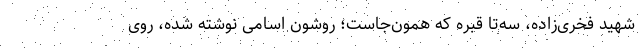
شهید فخری‌زاده، سه‌تا قبره که همون‌جاست؛ روشون اسامی‌ نوشته شده، روی